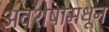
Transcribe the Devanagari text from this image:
अवशेषामधून